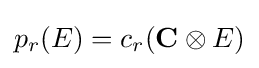
p_{r}(E)=c_{r}(\mathbf {C} \otimes E)